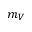
m _ { V }